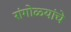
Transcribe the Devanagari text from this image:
रांगोळ्यांचे